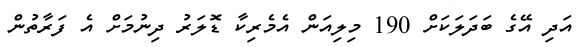
އަދި އޭގެ ބަދަލަކަށް 190 މިލިއަން އެމެރިކާ ޑޮލަރު ދިނުމަށް އެ ފަރާތުން